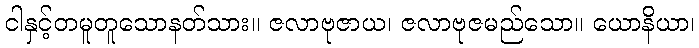
ငါနှင့်တမူတူသောနတ်သား။ ဇလာဗုဇာယ၊ ဇလာဗုဇမည်သော။ ယောနိယာ၊